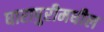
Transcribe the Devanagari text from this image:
घारापुरीमधील